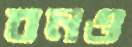
বনও